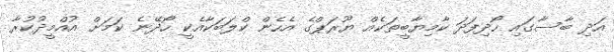
އަދި ބާސާގައި ހޯދިފަދަ ކާމިޔާބީތަކެއް ޔޫރަޕްގެ އެހެން ކްލަބަކާއެކީ ހޯދޭނެ ކަމަށް އުއްމީދުކުރާ